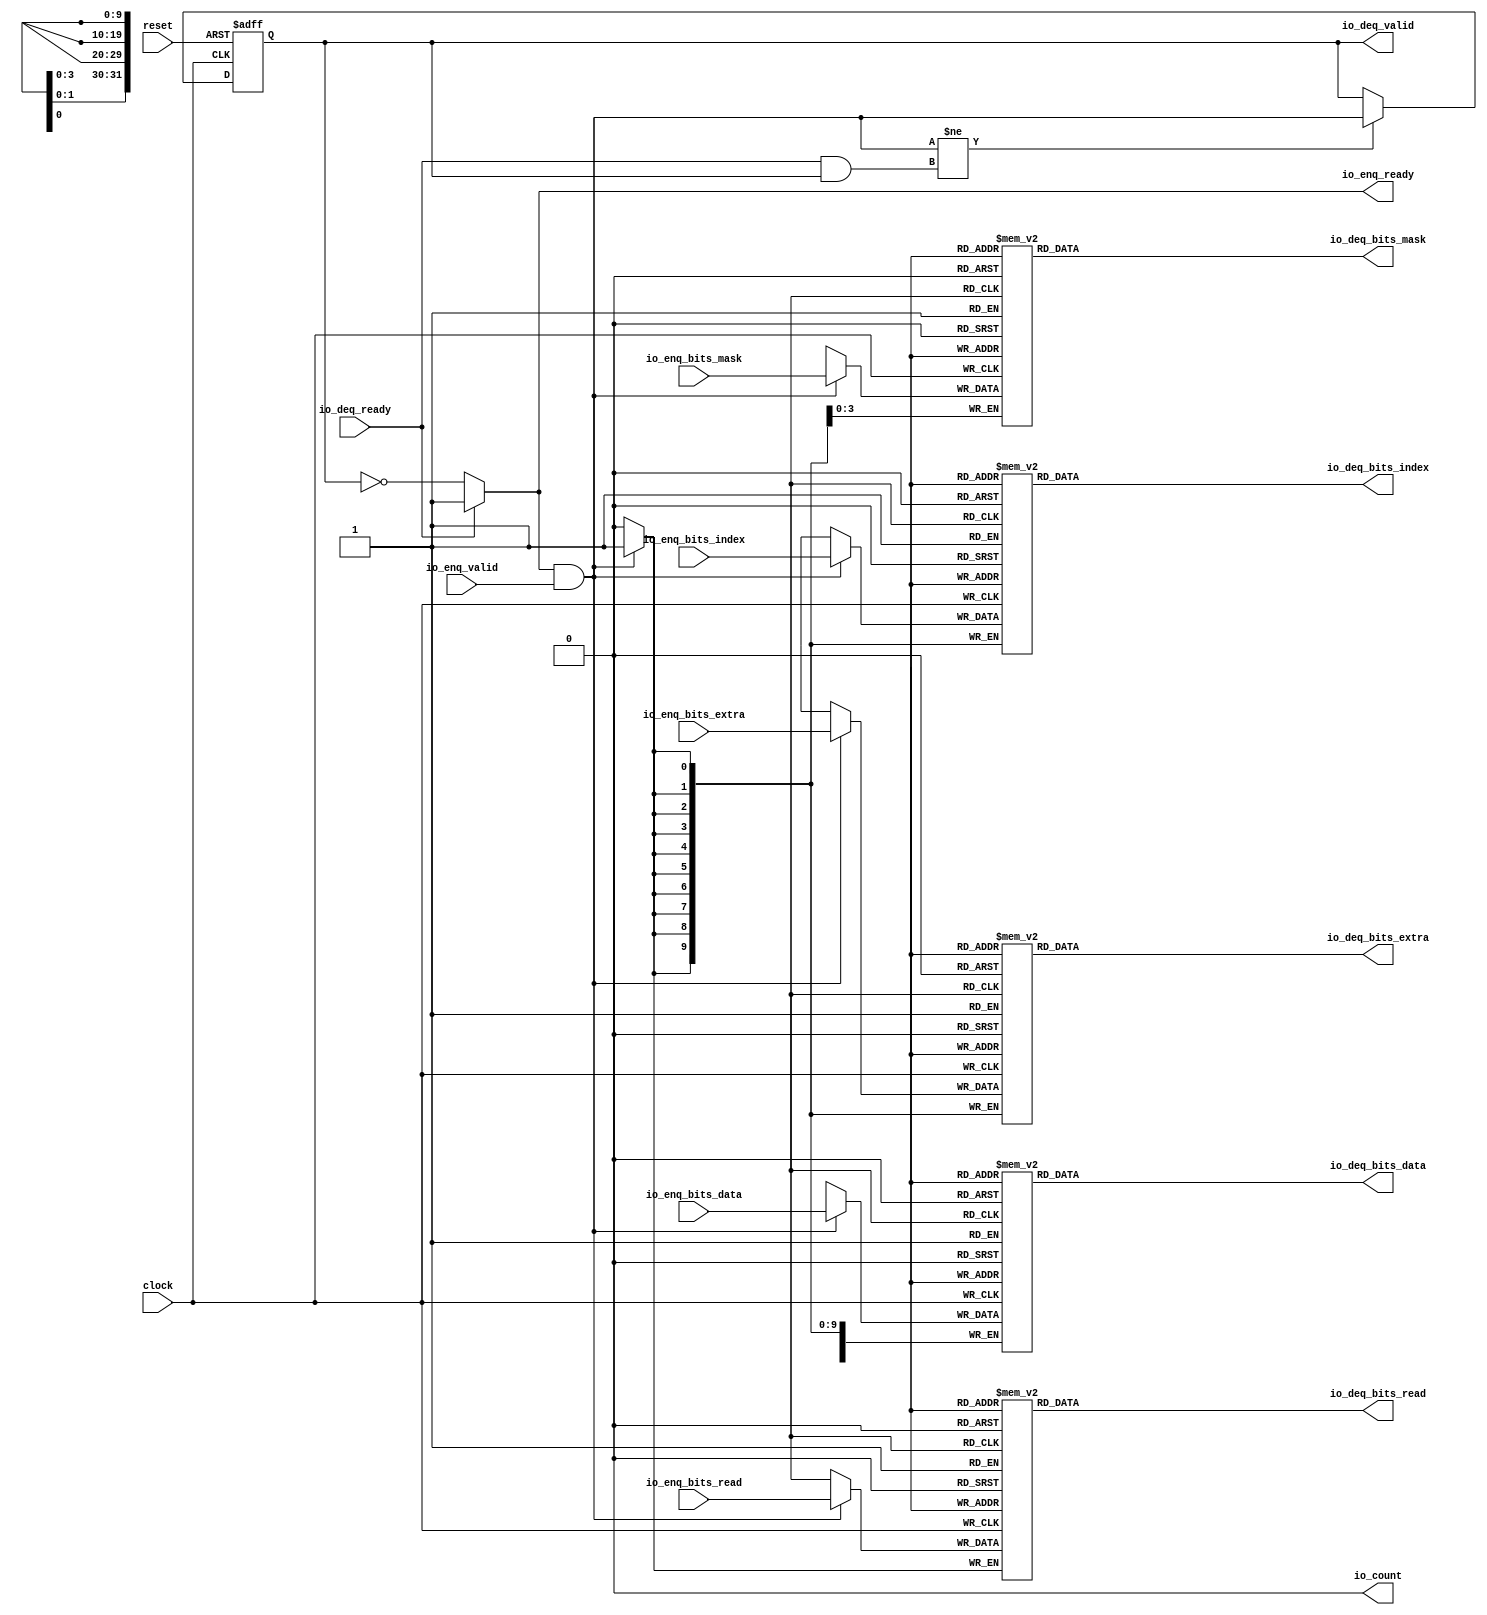
 /*                                                                      
 Copyright 2017 Silicon Integrated Microelectronics, Inc.                
                                                                         
 Licensed under the Apache License, Version 2.0 (the "License");         
 you may not use this file except in compliance with the License.        
 You may obtain a copy of the License at                                 
                                                                         
     http://www.apache.org/licenses/LICENSE-2.0                          
                                                                         
  Unless required by applicable law or agreed to in writing, software    
 distributed under the License is distributed on an "AS IS" BASIS,       
 WITHOUT WARRANTIES OR CONDITIONS OF ANY KIND, either express or implied.
 See the License for the specific language governing permissions and     
 limitations under the License.                                          
 */                                                                      
                                                                         
                                                                         
                                                                         

module sirv_queue(
  input   clock,
  input   reset,
  output  io_enq_ready,
  input   io_enq_valid,
  input   io_enq_bits_read,
  input  [9:0] io_enq_bits_index,
  input  [31:0] io_enq_bits_data,
  input  [3:0] io_enq_bits_mask,
  input  [9:0] io_enq_bits_extra,
  input   io_deq_ready,
  output  io_deq_valid,
  output  io_deq_bits_read,
  output [9:0] io_deq_bits_index,
  output [31:0] io_deq_bits_data,
  output [3:0] io_deq_bits_mask,
  output [9:0] io_deq_bits_extra,
  output  io_count
);
  reg  ram_read [0:0];
  reg [31:0] GEN_0;
  wire  ram_read_T_83_data;
  wire  ram_read_T_83_addr;
  wire  ram_read_T_69_data;
  wire  ram_read_T_69_addr;
  wire  ram_read_T_69_mask;
  wire  ram_read_T_69_en;
  reg [9:0] ram_index [0:0];
  reg [31:0] GEN_1;
  wire [9:0] ram_index_T_83_data;
  wire  ram_index_T_83_addr;
  wire [9:0] ram_index_T_69_data;
  wire  ram_index_T_69_addr;
  wire  ram_index_T_69_mask;
  wire  ram_index_T_69_en;
  reg [31:0] ram_data [0:0];
  reg [31:0] GEN_2;
  wire [31:0] ram_data_T_83_data;
  wire  ram_data_T_83_addr;
  wire [31:0] ram_data_T_69_data;
  wire  ram_data_T_69_addr;
  wire  ram_data_T_69_mask;
  wire  ram_data_T_69_en;
  reg [3:0] ram_mask [0:0];
  reg [31:0] GEN_3;
  wire [3:0] ram_mask_T_83_data;
  wire  ram_mask_T_83_addr;
  wire [3:0] ram_mask_T_69_data;
  wire  ram_mask_T_69_addr;
  wire  ram_mask_T_69_mask;
  wire  ram_mask_T_69_en;
  reg [9:0] ram_extra [0:0];
  reg [31:0] GEN_4;
  wire [9:0] ram_extra_T_83_data;
  wire  ram_extra_T_83_addr;
  wire [9:0] ram_extra_T_69_data;
  wire  ram_extra_T_69_addr;
  wire  ram_extra_T_69_mask;
  wire  ram_extra_T_69_en;
  reg  maybe_full;
  reg [31:0] GEN_5;
  wire  T_65;
  wire  T_66;
  wire  do_enq;
  wire  T_67;
  wire  do_deq;
  wire  T_77;
  wire  GEN_8;
  wire  T_79;
  wire  GEN_9;
  wire [1:0] T_90;
  wire  ptr_diff;
  wire [1:0] T_92;
  assign io_enq_ready = GEN_9;
  assign io_deq_valid = T_79;
  assign io_deq_bits_read = ram_read_T_83_data;
  assign io_deq_bits_index = ram_index_T_83_data;
  assign io_deq_bits_data = ram_data_T_83_data;
  assign io_deq_bits_mask = ram_mask_T_83_data;
  assign io_deq_bits_extra = ram_extra_T_83_data;
  assign io_count = T_92[0];
  assign ram_read_T_83_addr = 1'h0;
  assign ram_read_T_83_data = ram_read[ram_read_T_83_addr];
  assign ram_read_T_69_data = io_enq_bits_read;
  assign ram_read_T_69_addr = 1'h0;
  assign ram_read_T_69_mask = do_enq;
  assign ram_read_T_69_en = do_enq;
  assign ram_index_T_83_addr = 1'h0;
  assign ram_index_T_83_data = ram_index[ram_index_T_83_addr];
  assign ram_index_T_69_data = io_enq_bits_index;
  assign ram_index_T_69_addr = 1'h0;
  assign ram_index_T_69_mask = do_enq;
  assign ram_index_T_69_en = do_enq;
  assign ram_data_T_83_addr = 1'h0;
  assign ram_data_T_83_data = ram_data[ram_data_T_83_addr];
  assign ram_data_T_69_data = io_enq_bits_data;
  assign ram_data_T_69_addr = 1'h0;
  assign ram_data_T_69_mask = do_enq;
  assign ram_data_T_69_en = do_enq;
  assign ram_mask_T_83_addr = 1'h0;
  assign ram_mask_T_83_data = ram_mask[ram_mask_T_83_addr];
  assign ram_mask_T_69_data = io_enq_bits_mask;
  assign ram_mask_T_69_addr = 1'h0;
  assign ram_mask_T_69_mask = do_enq;
  assign ram_mask_T_69_en = do_enq;
  assign ram_extra_T_83_addr = 1'h0;
  assign ram_extra_T_83_data = ram_extra[ram_extra_T_83_addr];
  assign ram_extra_T_69_data = io_enq_bits_extra;
  assign ram_extra_T_69_addr = 1'h0;
  assign ram_extra_T_69_mask = do_enq;
  assign ram_extra_T_69_en = do_enq;
  assign T_65 = maybe_full == 1'h0;
  assign T_66 = io_enq_ready & io_enq_valid;
  assign do_enq = T_66;
  assign T_67 = io_deq_ready & io_deq_valid;
  assign do_deq = T_67;
  assign T_77 = do_enq != do_deq;
  assign GEN_8 = T_77 ? do_enq : maybe_full;
  assign T_79 = T_65 == 1'h0;
  assign GEN_9 = io_deq_ready ? 1'h1 : T_65;
  assign T_90 = 1'h0 - 1'h0;
  assign ptr_diff = T_90[0:0];
  assign T_92 = {maybe_full,ptr_diff};

  always @(posedge clock) begin// The ram block does not need reset
    if(ram_read_T_69_en & ram_read_T_69_mask) begin
      ram_read[ram_read_T_69_addr] <= ram_read_T_69_data;
    end
    if(ram_index_T_69_en & ram_index_T_69_mask) begin
      ram_index[ram_index_T_69_addr] <= ram_index_T_69_data;
    end
    if(ram_data_T_69_en & ram_data_T_69_mask) begin
      ram_data[ram_data_T_69_addr] <= ram_data_T_69_data;
    end
    if(ram_mask_T_69_en & ram_mask_T_69_mask) begin
      ram_mask[ram_mask_T_69_addr] <= ram_mask_T_69_data;
    end
    if(ram_extra_T_69_en & ram_extra_T_69_mask) begin
      ram_extra[ram_extra_T_69_addr] <= ram_extra_T_69_data;
    end
  end

  always @(posedge clock or posedge reset) begin
    if (reset) begin
      maybe_full <= 1'h0;
    end else begin
      if (T_77) begin
        maybe_full <= do_enq;
      end
    end
  end
endmodule